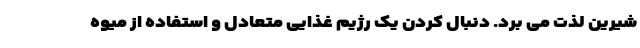
شیرین لذت می برد. دنبال کردن یک رژیم غذایی متعادل و استفاده از میوه